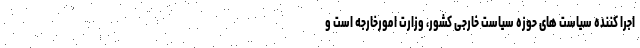
اجرا کننده سیاست های حوزه سیاست خارجی کشور، وزارت امورخارجه است و